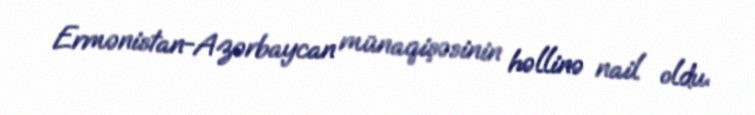
Ermənistan-Azərbaycan münaqişəsinin həllinə nail oldu.